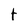
Character: t